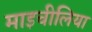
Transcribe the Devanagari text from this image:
माइचीलिया